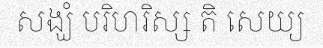
សង្ឃំ បរិហរិស្ស តិ សេយ្យ